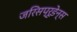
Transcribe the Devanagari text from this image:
जरिसप्रूडेन्स